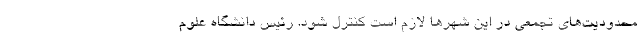
محدودیت‌های تجمعی در این شهر‌ها لازم است کنترل شود. رئیس دانشگاه علوم